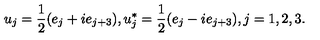
u _ { j } = \frac { 1 } { 2 } ( e _ { j } + i e _ { j + 3 } ) , u _ { j } ^ { * } = \frac { 1 } { 2 } ( e _ { j } - i e _ { j + 3 } ) , j = 1 , 2 , 3 .